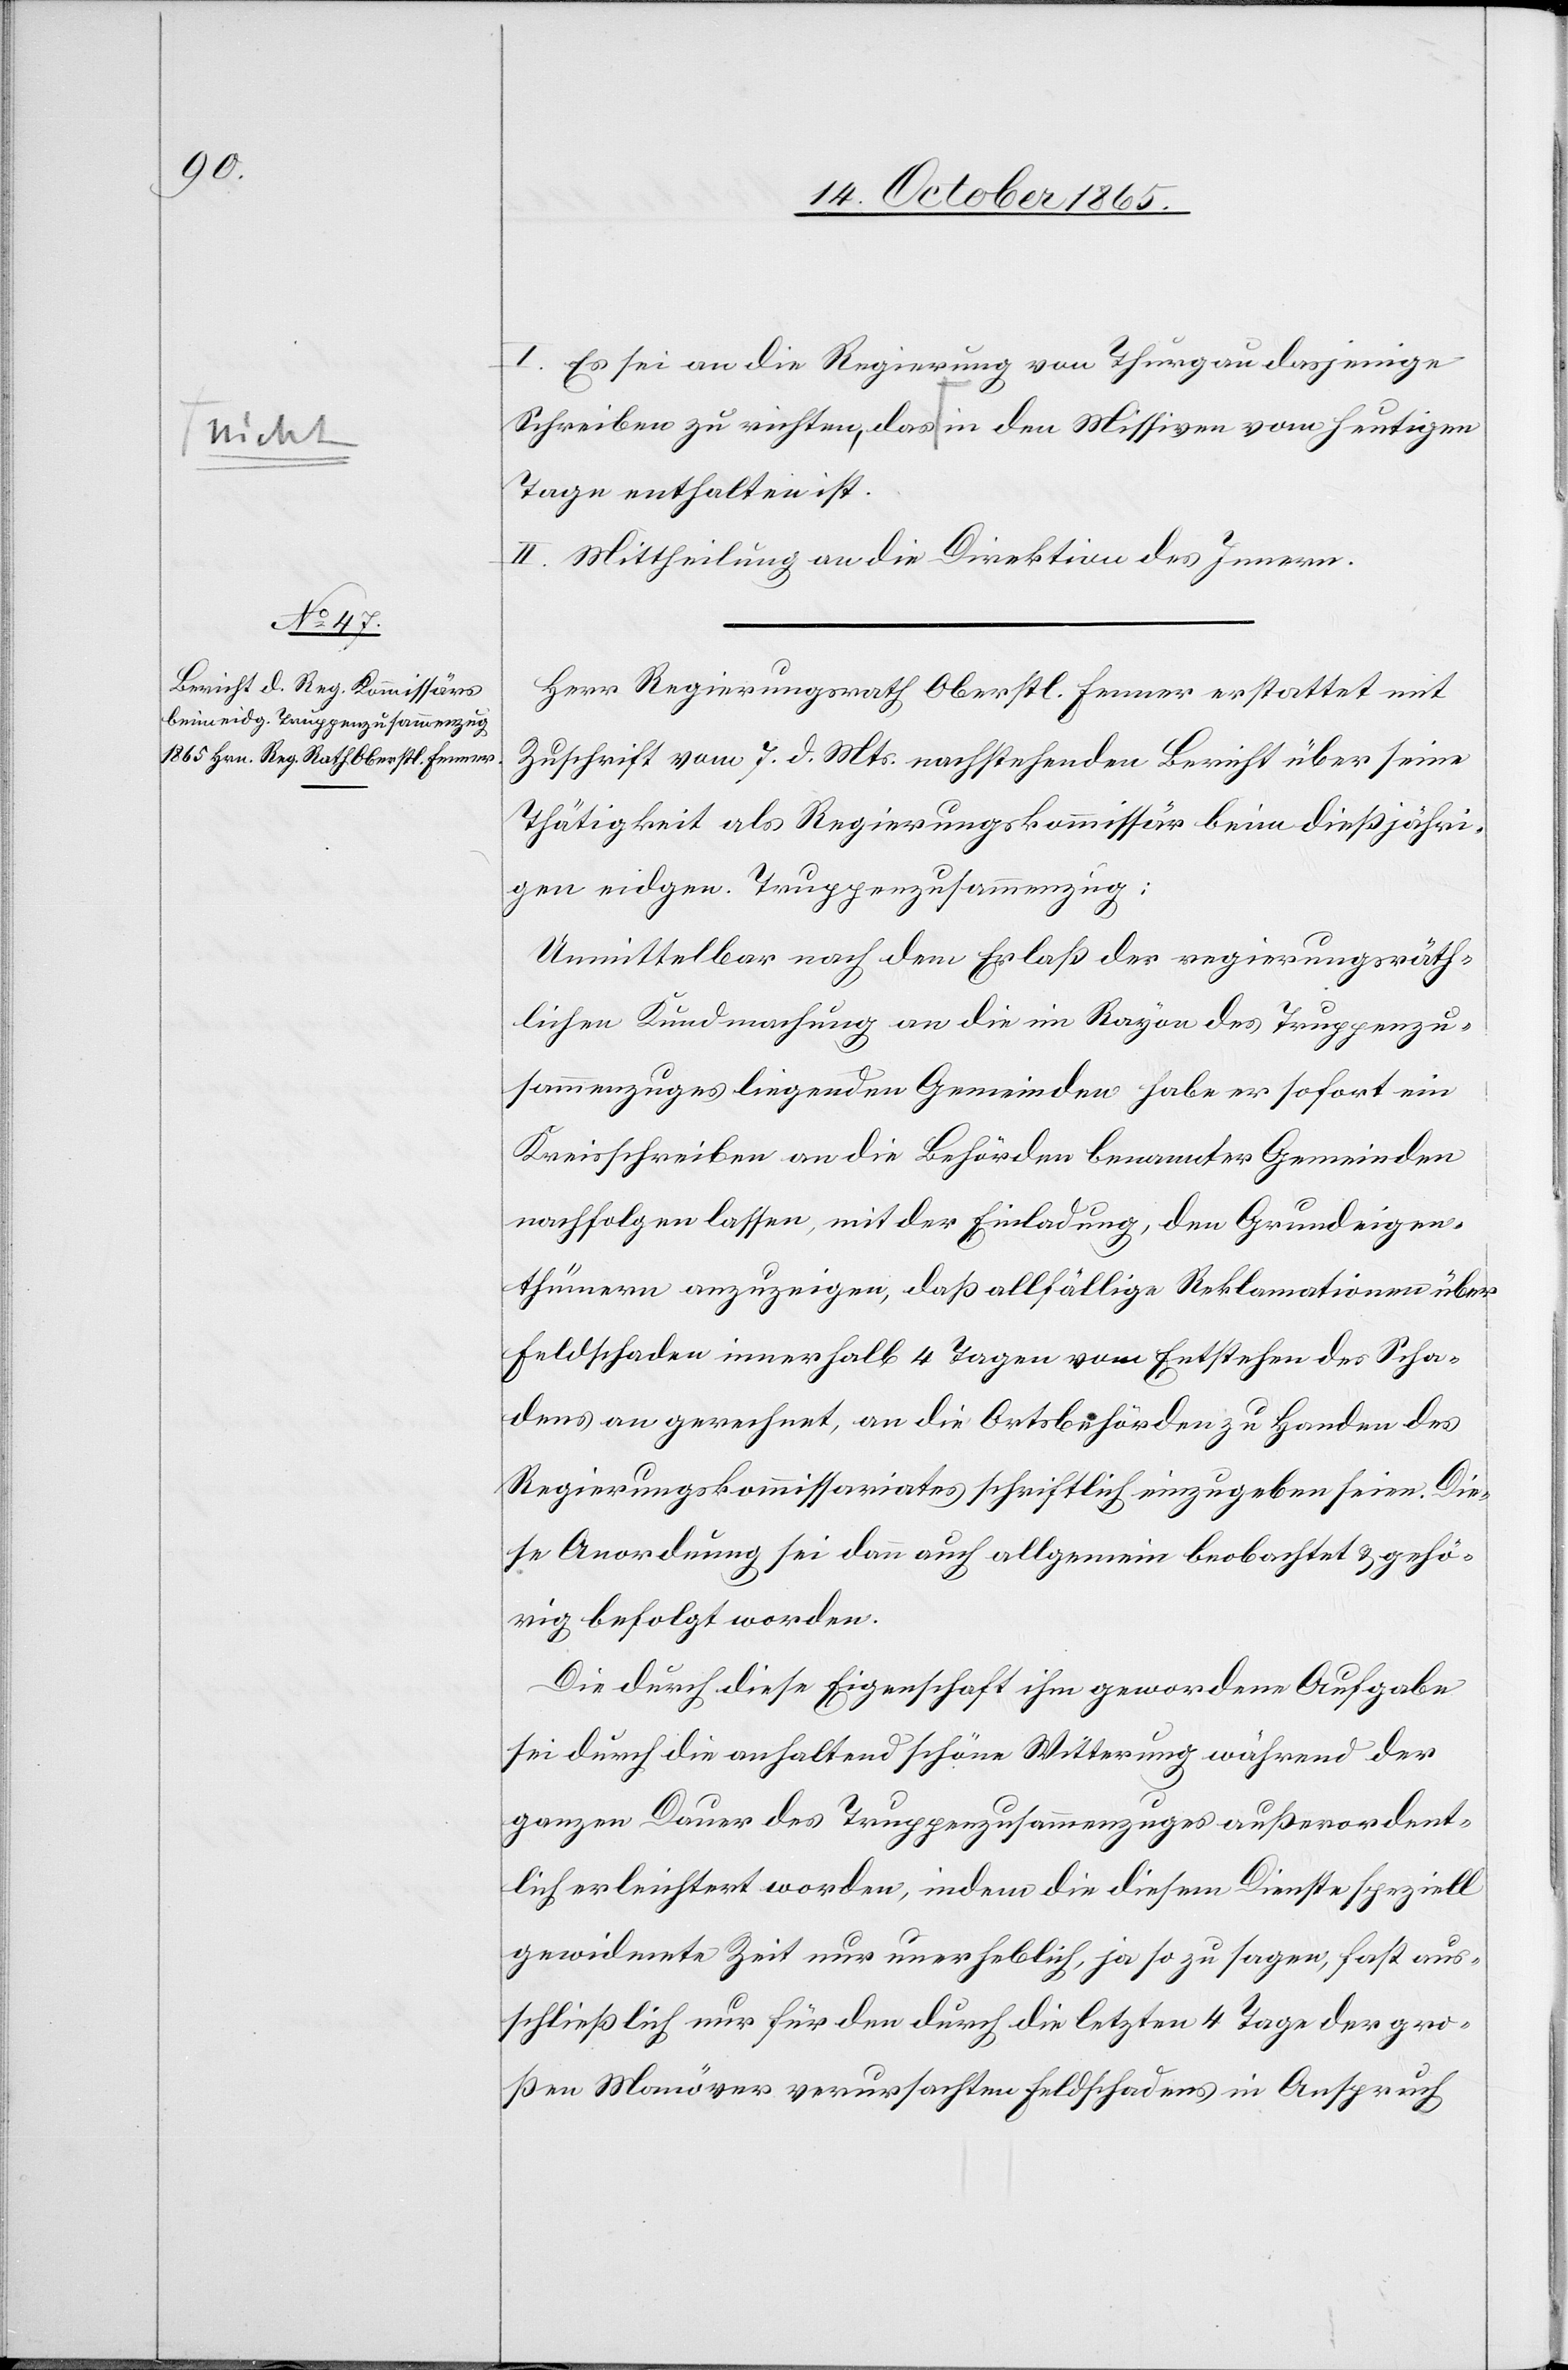
I. Es sei an die Regierung von Thurgau dasjenige
Schreiben zu richten, das in den Missiven vom heutigen
Tage enthalten ist.
II. Mittheilung an die Direktion des Innern.
Herr Regierungsrath Oberstl. Fenner erstattet mit
Zuschrift vom 7. d. Mts. nachstehenden Bericht über seine
Thätigkeit als Regierungskommissär beim dießjähri¬
gen eidgen. Truppenzusammenzug:
Unmittelbar nach dem Erlaß der regierungsräth¬
lichen Kundmachung an die im Rayon des Truppenzu¬
sammenzuges liegenden Gemeinden habe er sofort ein
Kreisschreiben an die Behörden benannter Gemeinden
nachfolgen lassen, mit der Einladung, den Grundeigen¬
thümern anzuzeigen, daß allfällige Reklamationen über
Feldschaden innerhalb 4 Tagen vom Entstehen des Scha¬
dens an gerechnet, an die Ortsbehörden zu Handen des
Regierungskommissariates schriftlich einzugeben seien. Die¬
se Anordnung sei dann auch allgemein beobachtet & gehö¬
rig befolgt worden.
Die durch diese Eigenschaft ihm gewordene Aufgabe
sei durch die anhaltend schöne Witterung während der
ganzen Dauer des Truppenzusammenzuges außerordent¬
lich erleichtert worden, indem die diesem Dienste speziell
gewidmete Zeit nur unerheblich, ja so zu sagen, fast aus¬
schließlich nur für den durch die letzten 4 Tage der gro¬
ßen Manöver verursachten Feldschadens in Anspruch